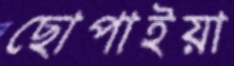
ছোপাইয়া